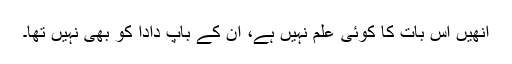
اُنھیں اِس بات کا کوئی علم نہیں ہے، اُن کے باپ دادا کو بھی نہیں تھا۔